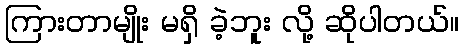
ကြားတာမျိုး မရှိ ခဲ့ဘူး လို့ ဆိုပါတယ်။